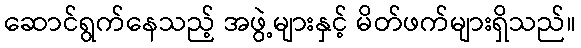
ဆောင်ရွက်နေသည့် အဖွဲ့များနှင့် မိတ်ဖက်များရှိသည်။